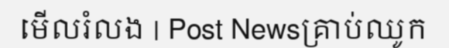
មើលរំលង | Post Newsគ្រាប់ឈូក